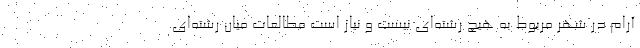
آرام در شهر مربوط به هیچ رشته‌ای نیست و نیاز است مطالعات میان رشته‌ای